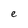
Character: e